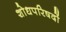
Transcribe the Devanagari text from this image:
शोधपरिषदों